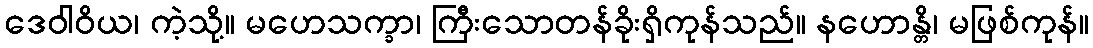
ဒေဝါဝိယ၊ ကဲ့သို့။ မဟေသက္ခာ၊ ကြီးသောတန်ခိုးရှိကုန်သည်။ နဟောန္တိ၊ မဖြစ်ကုန်။